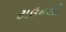
ટાઉનલી